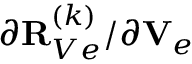
{ \partial { \bf R } _ { V e } ^ { ( k ) } } / { \partial { \bf V } _ { e } }